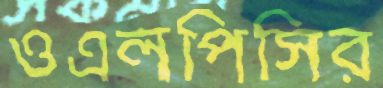
ওএলপিসির